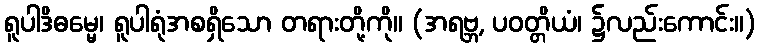
ရူပါဒိဓမ္မေ၊ ရူပါရုံအစရှိသော တရားတို့ကို။ (အရဗ္ဘ, ပဝတ္တိယံ၊ ၌လည်းကောင်း။)